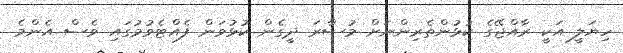
ހިޔަލީ އަކީ ރާއްޖޭގެ ކުޅުންތެރިންނަށް މުސާރަ ދީގެން ކުޅުވަން ފެއްޓެވުމުގައި ވެސް އެންމެ